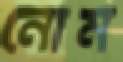
নোম